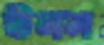
উনন